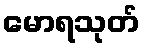
မောရသုတ်